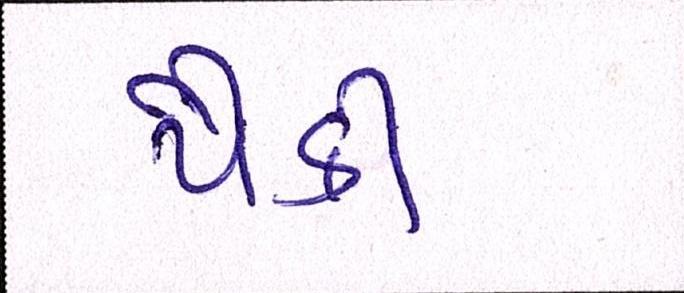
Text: પૈકી